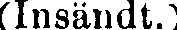
(Insändt.)